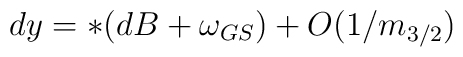
dy  = *(dB + \omega_{GS}) + O(1/m_{3/2})